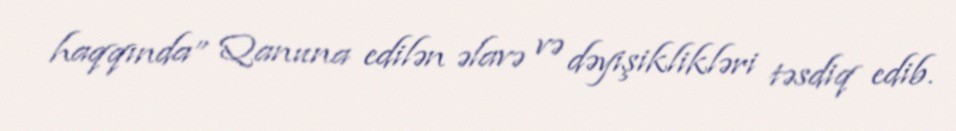
haqqında” Qanuna edilən əlavə və dəyişiklikləri təsdiq edib.